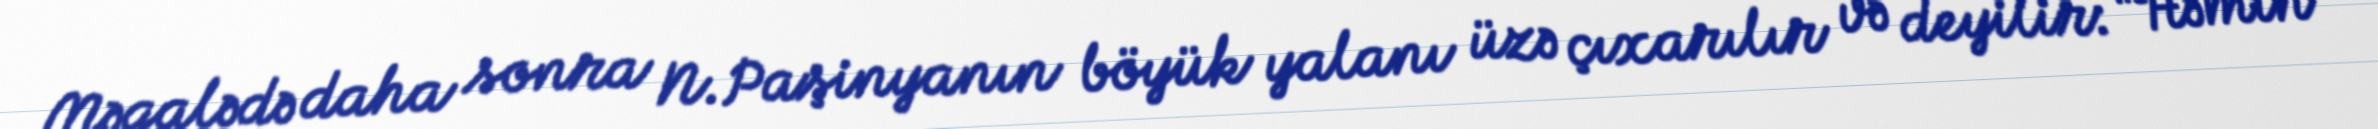
Məqalədə daha sonra N.Paşinyanın böyük yalanı üzə çıxarılır və deyilir: “Həmin